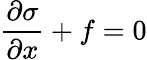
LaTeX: {\frac{\partial\sigma}{\partial x}}+f=0